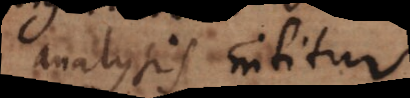
analysis nititur